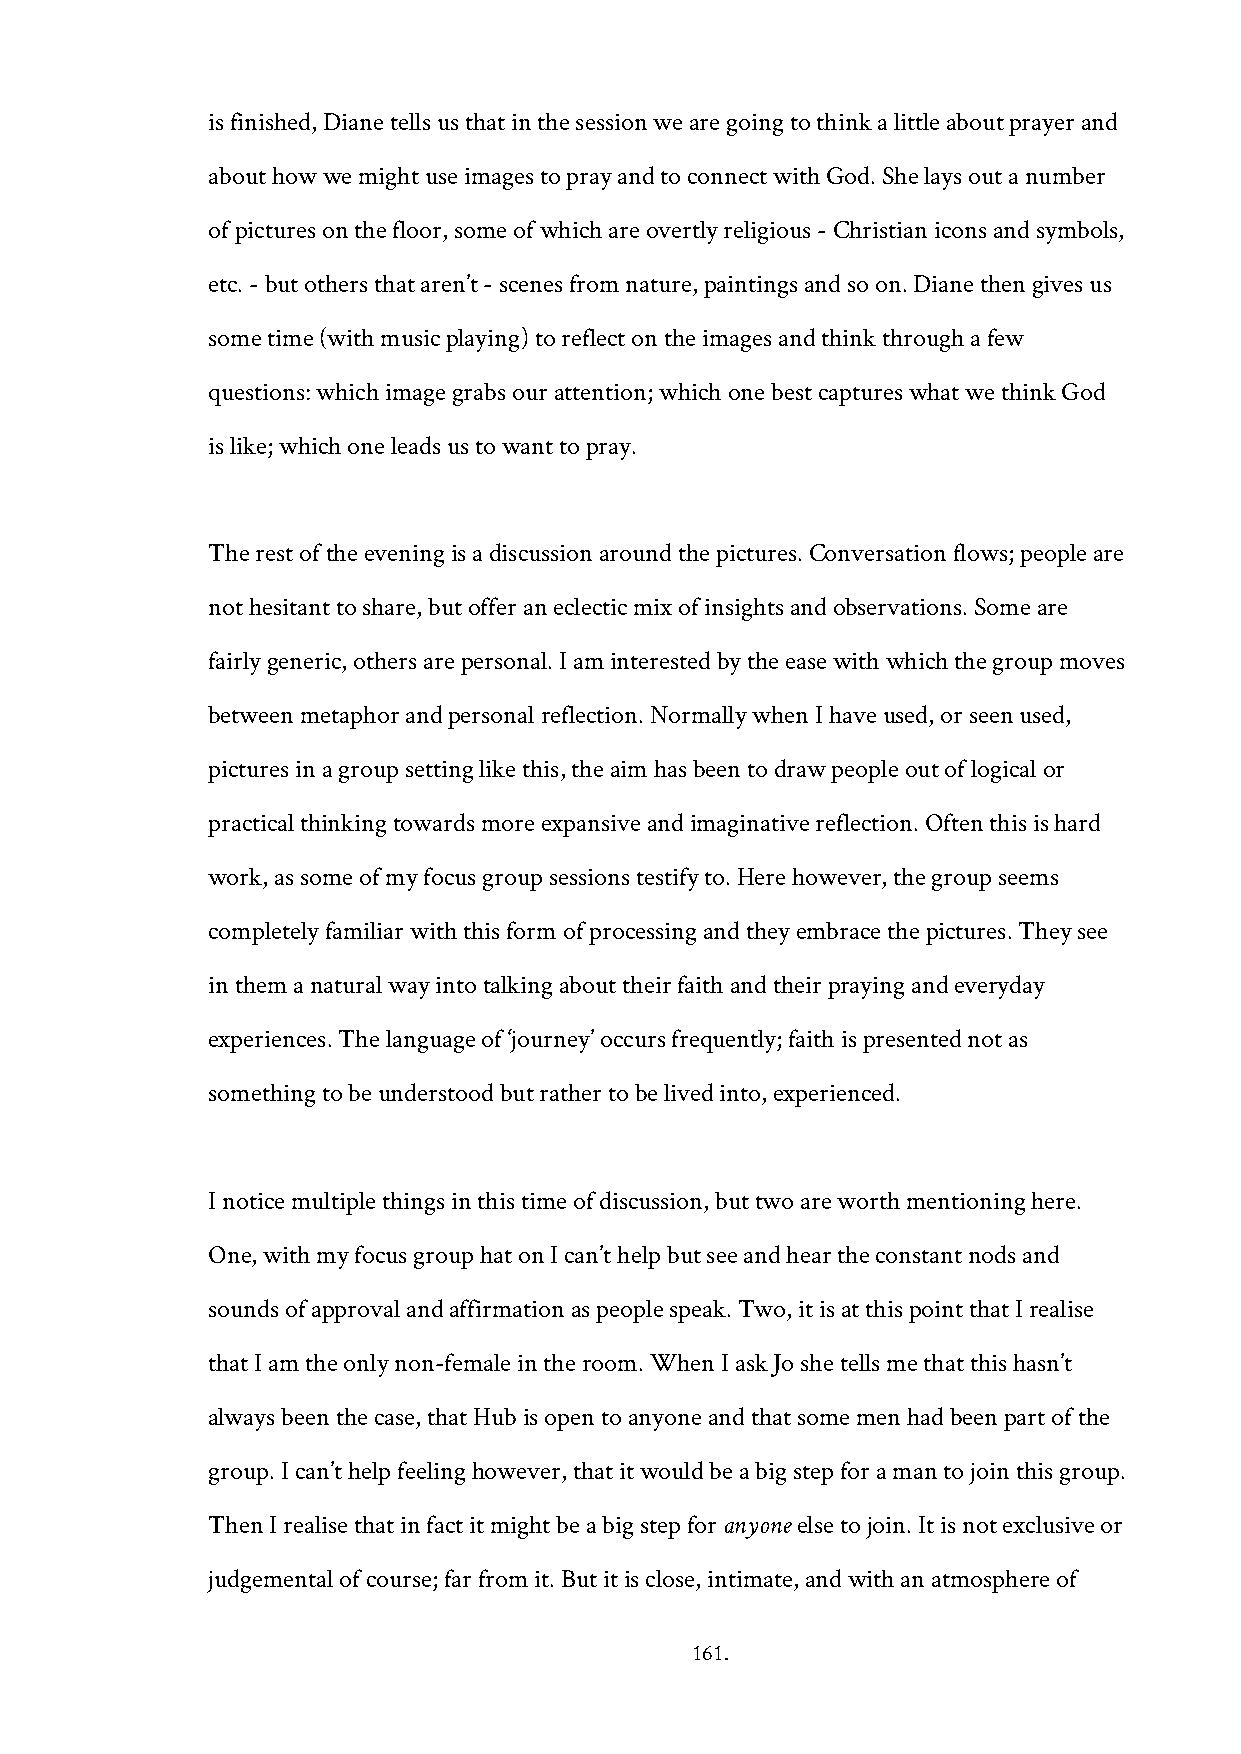
is finished, Diane tells us that in the session we are going to think a little about prayer and
 about how we might use images to pray and to connect with God. She lays out a number
 of pictures on the floor, some of which are overtly religious - Christian icons and symbols,
 etc. - but others that aren’t - scenes from nature, paintings and so on. Diane then gives us
 some time (with music playing) to reflect on the images and think through a few
 questions: which image grabs our attention; which one best captures what we think God
 is like; which one leads us to want to pray.
 The rest of the evening is a discussion around the pictures. Conversation flows; people are
 not hesitant to share, but offer an eclectic mix of insights and observations. Some are
 fairly generic, others are personal. I am interested by the ease with which the group moves
 between metaphor and personal reflection. Normally when I have used, or seen used,
 pictures in a group setting like this, the aim has been to draw people out of logical or
 practical thinking towards more expansive and imaginative reflection. Often this is hard
 work, as some of my focus group sessions testify to. Here however, the group seems
 completely familiar with this form of processing and they embrace the pictures. They see
 in them a natural way into talking about their faith and their praying and everyday
 experiences. The language of ‘journey’ occurs frequently; faith is presented not as
 something to be understood but rather to be lived into, experienced.
 I notice multiple things in this time of discussion, but two are worth mentioning here.
 One, with my focus group hat on I can’t help but see and hear the constant nods and
 sounds of approval and affirmation as people speak. Two, it is at this point that I realise
 that I am the only non-female in the room. When I ask Jo she tells me that this hasn’t
 always been the case, that Hub is open to anyone and that some men had been part of the
 group. I can’t help feeling however, that it would be a big step for a man to join this group.
 Then I realise that in fact it might be a big step for anyone else to join. It is not exclusive or
 judgemental of course; far from it. But it is close, intimate, and with an atmosphere of
 161.